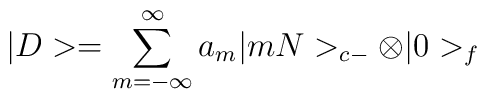
|D> =\sum_{m=-\infty}^\infty a_m|mN>_{c -}\otimes |0>_f